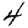
Digit: 4